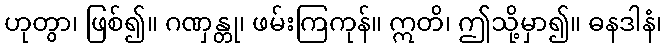
ဟုတွာ၊ ဖြစ်၍။ ဂဏှန္တု၊ ဖမ်းကြကုန်။ ဣတိ၊ ဤသို့မှာ၍။ ဓနဒါနံ၊